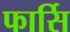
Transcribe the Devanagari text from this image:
फार्सि